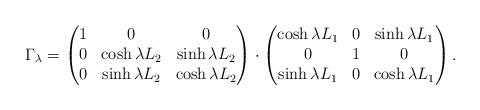
LaTeX: \begin{align*}\Gamma_{\lambda} = \begin{pmatrix} 1 & 0 & 0 \\ 0 & \cosh \lambda L_{2} & \sinh \lambda L_{2} \\ 0 & \sinh \lambda L_{2} & \cosh \lambda L_{2} \end{pmatrix} \cdot \begin{pmatrix} \cosh \lambda L_{1} & 0 & \sinh \lambda L_{1} \\ 0 & 1 & 0 \\ \sinh \lambda L_{1} & 0 & \cosh \lambda L_{1} \end{pmatrix}. \end{align*}